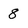
Character: 8